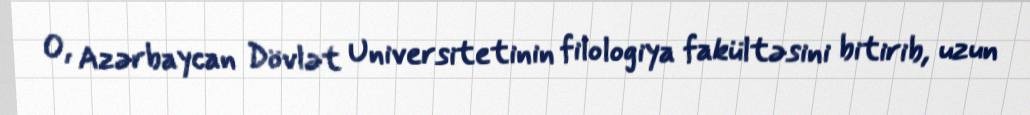
O, Azərbaycan Dövlət Universitetinin filologiya fakültəsini bitirib, uzun